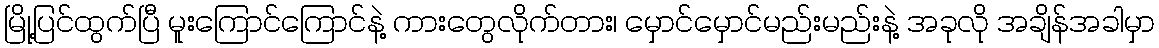
မြို့ပြင်ထွက်ပြီ မူးကြောင်ကြောင်နဲ့ ကားတွေလိုက်တား၊ မှောင်မှောင်မည်းမည်းနဲ့ အခုလို အချိန်အခါမှာ